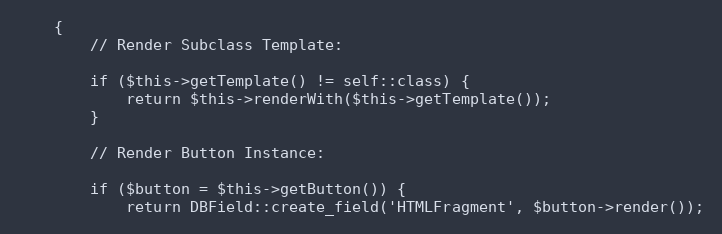
Language: PHP
    {
        // Render Subclass Template:

        if ($this->getTemplate() != self::class) {
            return $this->renderWith($this->getTemplate());
        }

        // Render Button Instance:

        if ($button = $this->getButton()) {
            return DBField::create_field('HTMLFragment', $button->render());